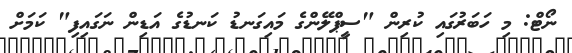
ނޯޓް: މި ހަބަރުގައި ކުރިން "ސީޕްލޭންގެ މައިގަނޑު ކަނޑުގެ އަޑިން ނަގައިފި" ކަމަށް